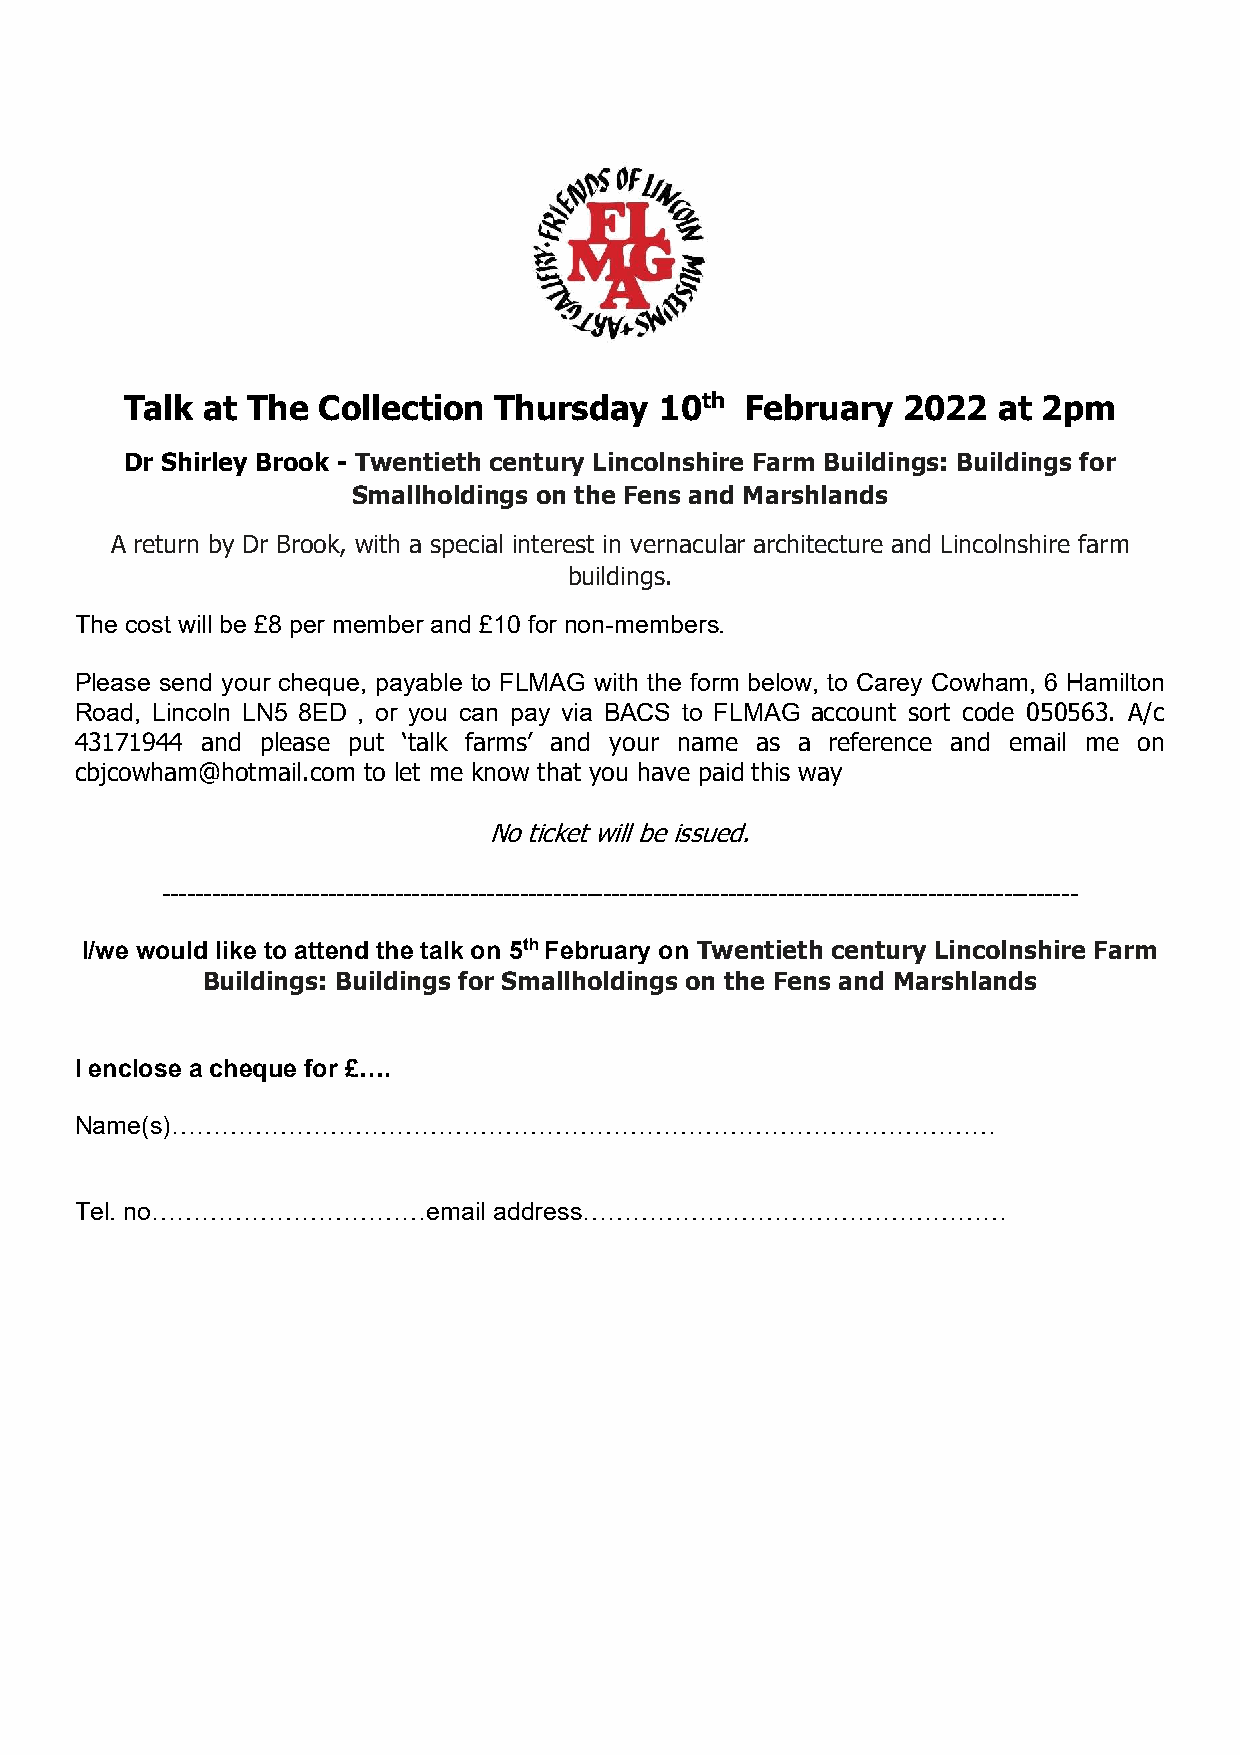
Talk  at The Collection  Thursday   10th February   2022  at 2pm
 Dr Shirley Brook - Twentieth century Lincolnshire Farm Buildings: Buildings for
 Smallholdings on the Fens and Marshlands
 A return by Dr Brook, with a special interest in vernacular architecture and Lincolnshire farm
 buildings.
 The cost will be £8 per member and £10 for non-members.
 Please send your cheque, payable to FLMAG with the form below, to Carey Cowham, 6 Hamilton
 Road, Lincoln LN5 8ED , or you can pay via BACS to FLMAG account sort code 050563. A/c
 43171944 and please put ‘talk farms’ and your name as a reference and email me on
 cbjcowham@hotmail.com to let me know that you have paid this way
 No ticket will be issued.
 --------------------------------------------------------------------------------------------------------------
 I/we would like to attend the talk on 5th February on Twentieth century Lincolnshire Farm
 Buildings: Buildings for Smallholdings on the Fens and Marshlands
 I enclose a cheque for £….
 Name(s)………………………………………………………………………………………
 Tel. no……………………………email     address……………………………………………